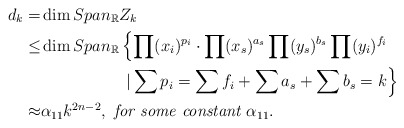
\begin{align*}d_k=&\dim Span_{\mathbb{R}}Z_{k}\\\leq &\dim Span_{\mathbb{R}}\left\{\prod\limits ({x_i })^{p_{i}}\cdot\prod(x_s)^{a_s}\prod(y_s)^{b_s}\prod(y_{i})^{f_{i}} \right.\\&\quad\quad\quad\quad\quad\left. |\sum p_{i}=\sum f_{i}+\sum a_s+\sum b_s=k \right\}\\\approx & \alpha_{11} k^{2n-2}, \emph{~for some constant }\alpha_{11}.\end{align*}